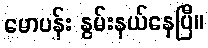
မောပန်း နွမ်းနယ်နေပြီ။